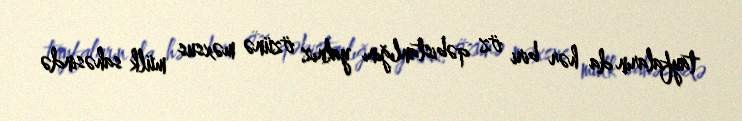
tayfaların da hər biri öz qəbistanlığını yalnız özünə məxsus mülk sahəsində